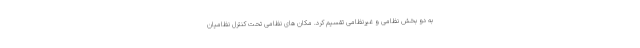
به دو بخش نظامی و غیرنظامی تقسیم کرد. مکان های نظامی تحت کنترل نظامیان